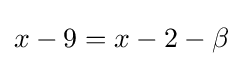
{\textstyle x-9=x-2-\beta }